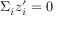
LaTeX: \Sigma _ { i } z _ { i } ^ { \prime } = 0